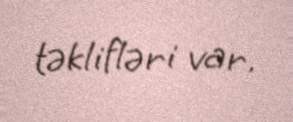
təklifləri var.